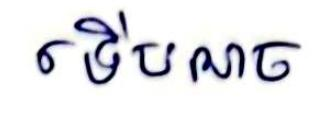
ទើបអាច